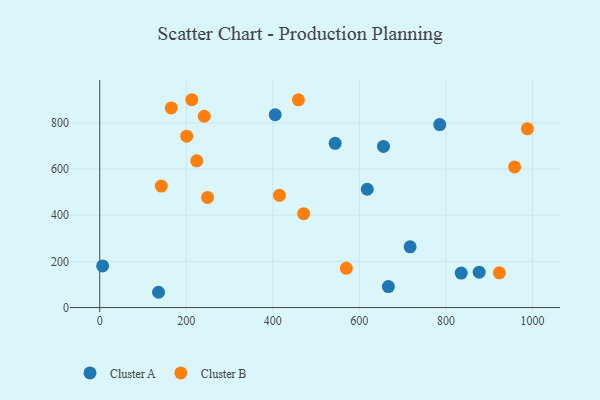
{"axis": {"x": "Study Hours", "y": "Rating"}, "legend": ["Cluster A", "Cluster B"], "data": [{"x": "876.9", "y": 153.2, "type": "Cluster A"}, {"x": "618.3", "y": 512.5, "type": "Cluster A"}, {"x": "835.3", "y": 149.3, "type": "Cluster A"}, {"x": "405.5", "y": 835.3, "type": "Cluster A"}, {"x": "6.7", "y": 180.5, "type": "Cluster A"}, {"x": "655.7", "y": 698.1, "type": "Cluster A"}, {"x": "667.1", "y": 91.0, "type": "Cluster A"}, {"x": "717.3", "y": 263.3, "type": "Cluster A"}, {"x": "135.9", "y": 66.2, "type": "Cluster A"}, {"x": "785.7", "y": 792.6, "type": "Cluster A"}, {"x": "544.1", "y": 711.7, "type": "Cluster A"}, {"x": "224.1", "y": 635.5, "type": "Cluster B"}, {"x": "241.5", "y": 828.8, "type": "Cluster B"}, {"x": "415.3", "y": 486.2, "type": "Cluster B"}, {"x": "249.2", "y": 477.3, "type": "Cluster B"}, {"x": "923.5", "y": 150.6, "type": "Cluster B"}, {"x": "165.2", "y": 864.7, "type": "Cluster B"}, {"x": "212.9", "y": 900.4, "type": "Cluster B"}, {"x": "958.8", "y": 609.2, "type": "Cluster B"}, {"x": "459.2", "y": 900.0, "type": "Cluster B"}, {"x": "201.0", "y": 742.3, "type": "Cluster B"}, {"x": "569.9", "y": 169.9, "type": "Cluster B"}, {"x": "471.3", "y": 406.6, "type": "Cluster B"}, {"x": "988.3", "y": 774.2, "type": "Cluster B"}, {"x": "142.3", "y": 526.5, "type": "Cluster B"}]}